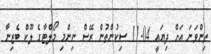
ތިންވަނަ އަށް ދިޔައީ 11.04 ސިކުންތުން ރޭސް ނިންމި މޯލްޓާގެ ލޫކް ބެޒިނާ